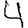
Digit: 4